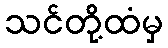
သင်တို့ထံမှ